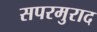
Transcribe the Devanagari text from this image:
सपरमुराद